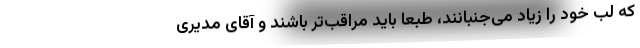
که لب خود را زیاد می‌جنبانند، طبعا باید مراقب‌تر باشند و آقای مدیری